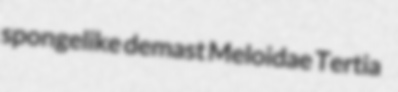
spongelike demast Meloidae Tertia